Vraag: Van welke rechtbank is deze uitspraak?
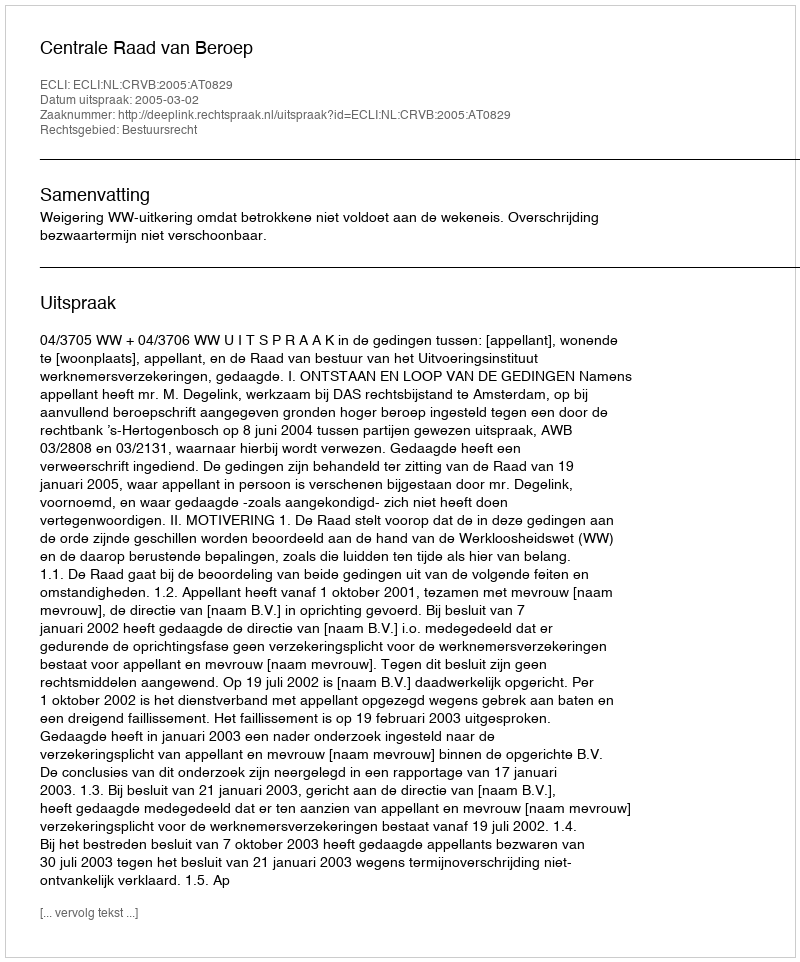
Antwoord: Centrale Raad van Beroep